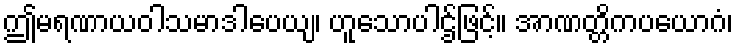
ဤမရဏာယဝါသမာဒါပေယျ၊ ဟူသောပါဌ်ဖြင့်။ အာဏတ္တိကပယောဂံ၊